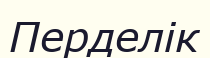
Перделік